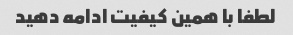
لطفا با همین کیفیت ادامه دهید